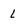
Character: L